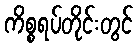
ကိစ္စရပ်တိုင်းတွင်